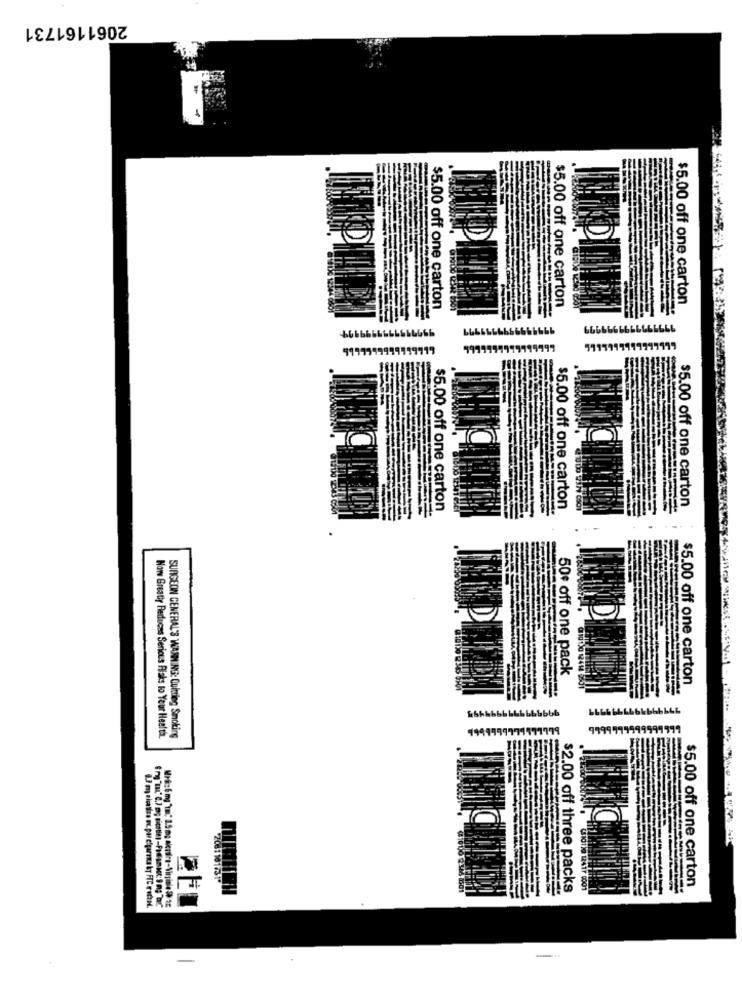
2061161731
$5.00 off one carton
$5.00 off one carton
$5.00 off one carton
99999
6666666666666666
6666666666666666
9977199999
19719
$5.00 off one carton
$5.00 off one carton
6501
$5.00 off one carton
50€ off one pack
$5.00 off one carton
9999999971177779
9999999999999999
Now Greatly Reduces Serious Riaks to Your Health.
SURGEON GENERAL'S WARNING: Oukring Smoking
2081181731*
$2.00 off three packs
101)9 12417 0001
$5.00 off one carton